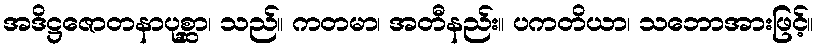
အဒိဋ္ဌဇောတနာပုစ္ဆာ၊ သည်။ ကတမာ၊ အတီနည်း။ ပကတိယာ၊ သဘောအားဖြင့်။